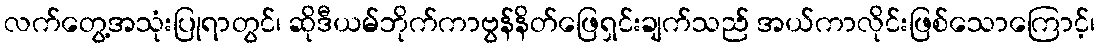
လက်တွေ့အသုံးပြုရာတွင်၊ ဆိုဒီယမ်ဘိုက်ကာဗွန်နိတ်ဖြေရှင်းချက်သည် အယ်ကာလိုင်းဖြစ်သောကြောင့်၊